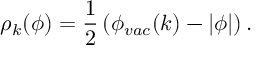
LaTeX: \rho _ { k } ( \phi ) = { \frac { 1 } { 2 } } \left( \phi _ { v a c } ( k ) - \vert \phi \vert \right) .